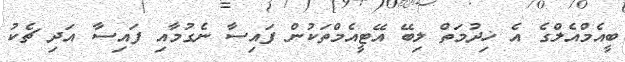
ބީއެމްއެލްގެ އެ ޚިދުމަތް ލިބޭ އޭޓީއެމްތަކުން ފައިސާ ނެގުމާއި ފައިސާ އަދި ޗެކު